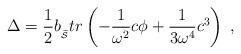
\begin{align*}\Delta =\frac 12b_{_{\widetilde{{\cal S}}}}tr\left( -\frac 1{\omega ^2}c\phi+\frac 1{3\omega ^4}c^3\right) \;, \end{align*}